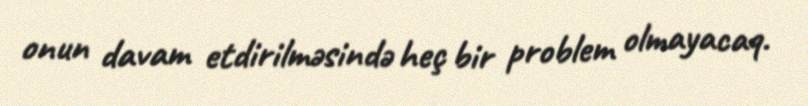
onun davam etdirilməsində heç bir problem olmayacaq.